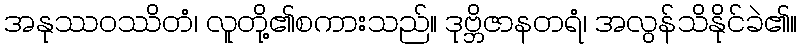
အနုဿဝဿိတံ၊ လူတို့၏စကားသည်။ ဒုဗ္ဘိဇာနတရံ၊ အလွန်သိနိုင်ခဲ၏။